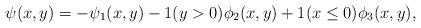
LaTeX: \begin{align*}\psi(x,y)=-\psi_1(x,y)-1(y>0)\phi_2(x,y)+1(x\le0)\phi_3(x,y),\end{align*}